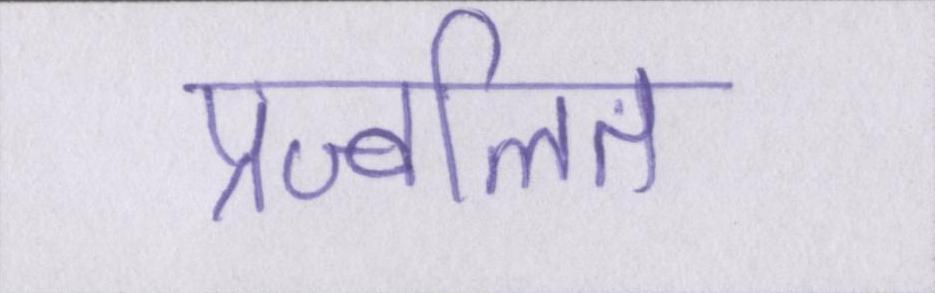
प्रज्वलित